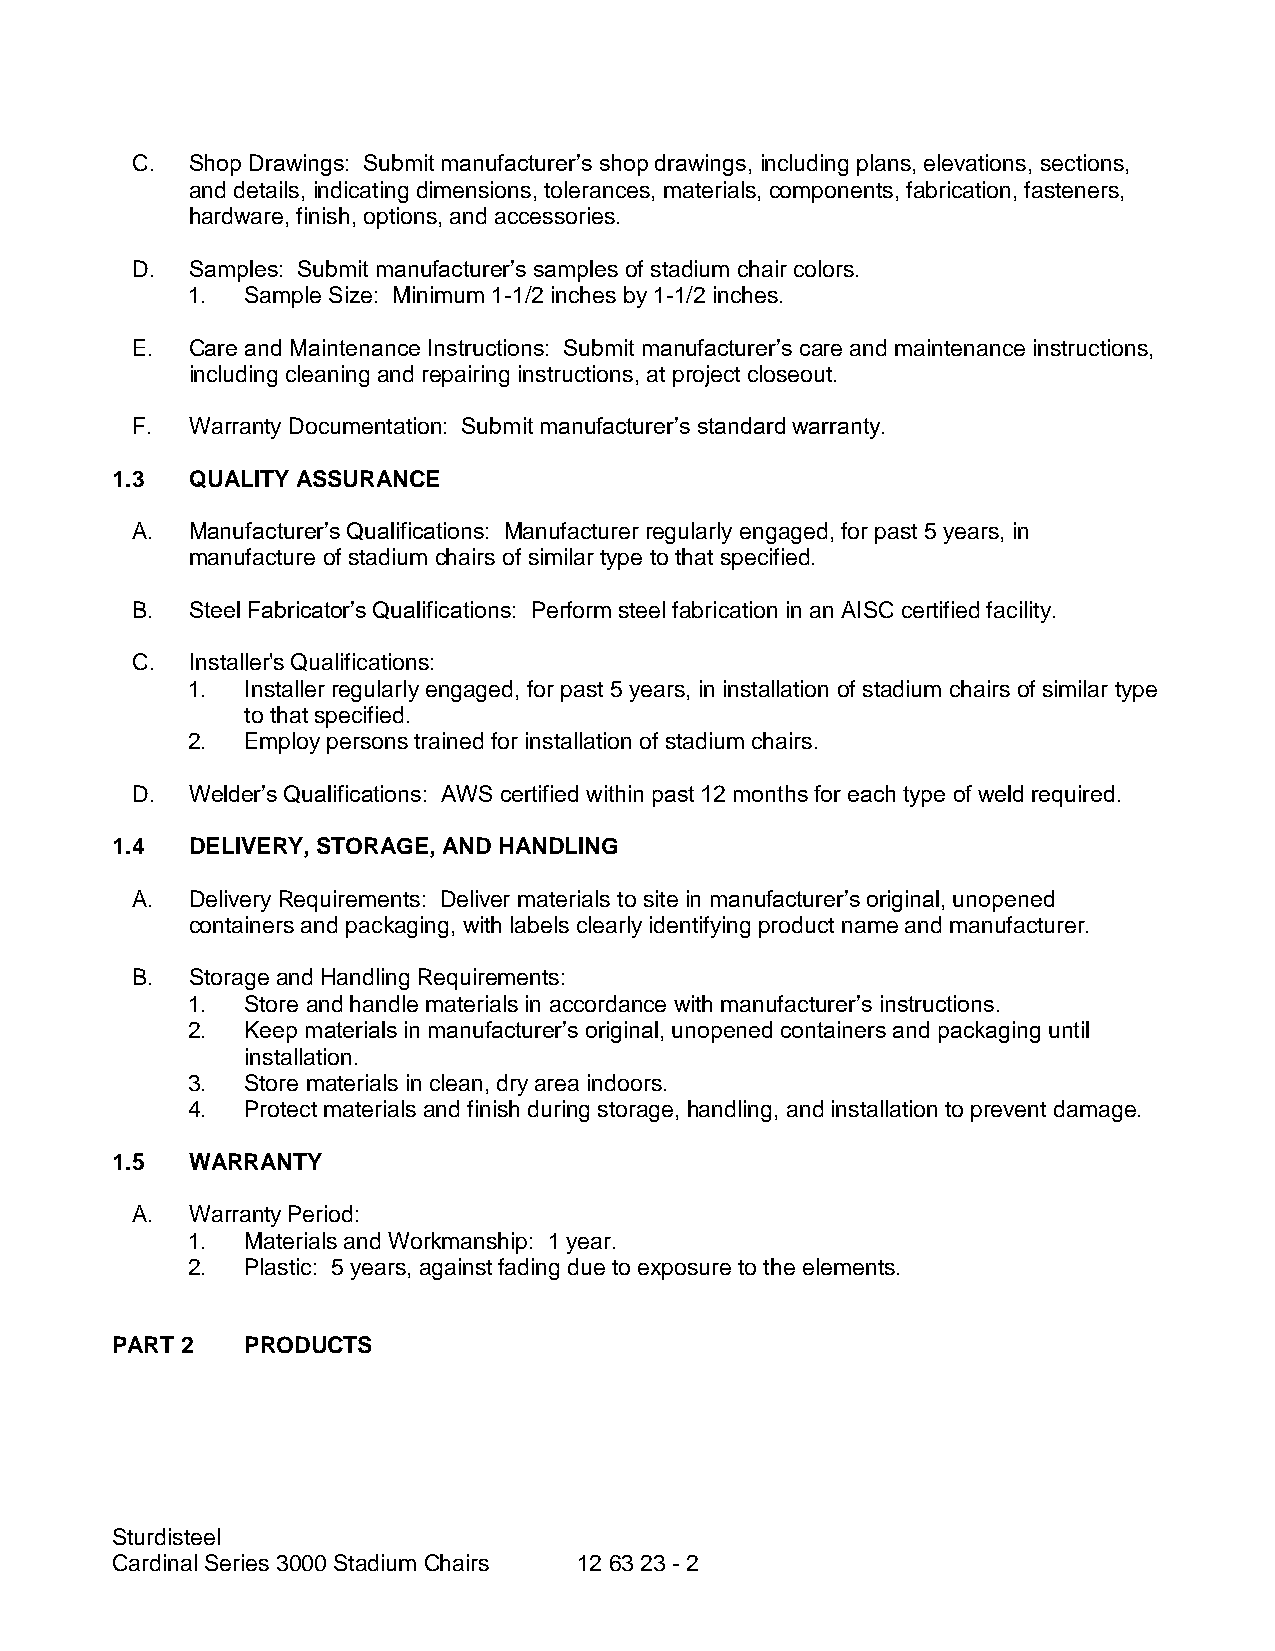
C. Shop Drawings: Submit manufacturer’s shop drawings, including plans, elevations, sections,
 and details, indicating dimensions, tolerances, materials, components, fabrication, fasteners,
 hardware, finish, options, and accessories.
 D. Samples: Submit manufacturer’s samples of stadium chair colors.
 1.  Sample Size: Minimum 1-1/2 inches by 1-1/2 inches.
 E. Care and Maintenance Instructions: Submit manufacturer’s care and maintenance instructions,
 including cleaning and repairing instructions, at project closeout.
 F. Warranty Documentation: Submit manufacturer’s standard warranty.
 1.3  QUALITY ASSURANCE
 A. Manufacturer’s Qualifications: Manufacturer regularly engaged, for past 5 years, in
 manufacture of stadium chairs of similar type to that specified.
 B. Steel Fabricator’s Qualifications: Perform steel fabrication in an AISC certified facility.
 C. Installer's Qualifications:
 1.  Installer regularly engaged, for past 5 years, in installation of stadium chairs of similar type
 to that specified.
 2.  Employ persons trained for installation of stadium chairs.
 D. Welder’s Qualifications: AWS certified within past 12 months for each type of weld required.
 1.4  DELIVERY, STORAGE, AND HANDLING
 A. Delivery Requirements: Deliver materials to site in manufacturer’s original, unopened
 containers and packaging, with labels clearly identifying product name and manufacturer.
 B. Storage and Handling Requirements:
 1.  Store and handle materials in accordance with manufacturer’s instructions.
 2.  Keep materials in manufacturer’s original, unopened containers and packaging until
 installation.
 3.  Store materials in clean, dry area indoors.
 4.  Protect materials and finish during storage, handling, and installation to prevent damage.
 1.5  WARRANTY
 A. Warranty Period:
 1.  Materials and Workmanship: 1 year.
 2.  Plastic: 5 years, against fading due to exposure to the elements.
 PART 2   PRODUCTS
 Sturdisteel
 Cardinal Series 3000 Stadium Chairs 12 63 23 - 2